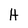
Character: H